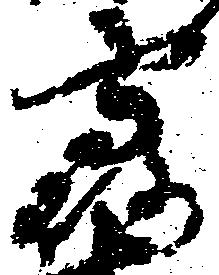
鶴